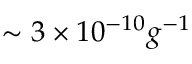
\sim 3 \times 1 0 ^ { - 1 0 } g ^ { - 1 }